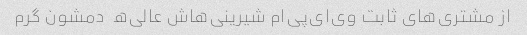
از مشتری‌های ثابت وی‌ای‌پی‌ام شیرینی‌هاش عالی‌ه  دمشون گرم